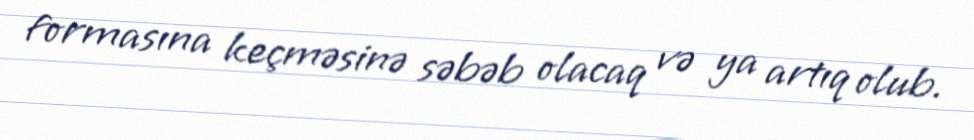
formasına keçməsinə səbəb olacaq və ya artıq olub.